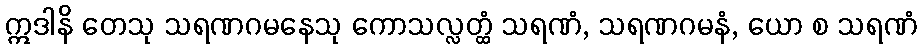
ဣဒါနိ တေသု သရဏဂမနေသု ကောသလ္လတ္ထံ သရဏံ, သရဏဂမနံ, ယော စ သရဏံ